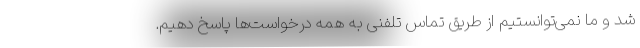
شد و ما نمی‌‌توانستیم از طریق تماس تلفنی به همه درخواست‌ها پاسخ دهیم.